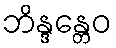
ဘိန္ဒန္တေဝ